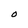
Character: O